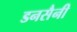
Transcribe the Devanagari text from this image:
डनसैनी